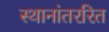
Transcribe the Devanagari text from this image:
स्थानांतररित